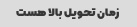
زمان تحویل بالا هست